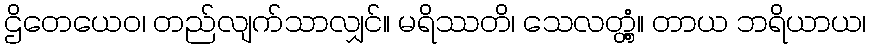
ဌိတေယေဝ၊ တည်လျက်သာလျှင်။ မရိဿတိ၊ သေလတ္တံ့။ တာယ ဘရိယာယ၊